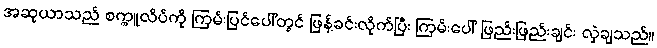
အဆုယာသည် စက္ကူလိပ်ကို ကြမ်းပြင်ပေါ်တွင် ဖြန့်ခင်းလိုက်ပြီး ကြမ်းပေါ် ဖြည်းဖြည်းချင်း လှဲချသည်။